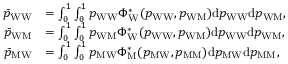
\begin{array} { r l } { \bar { p } _ { \mathrm { W W } } } & { = \int _ { 0 } ^ { 1 } \int _ { 0 } ^ { 1 } p _ { \mathrm { W W } } \Phi _ { \mathrm { W } } ^ { * } ( p _ { \mathrm { W W } } , p _ { \mathrm { W M } } ) \mathrm { d } p _ { \mathrm { W W } } \mathrm { d } p _ { \mathrm { W M } } , } \\ { \bar { p } _ { \mathrm { W M } } } & { = \int _ { 0 } ^ { 1 } \int _ { 0 } ^ { 1 } p _ { \mathrm { W M } } \Phi _ { \mathrm { W } } ^ { * } ( p _ { \mathrm { W W } } , p _ { \mathrm { W M } } ) \mathrm { d } p _ { \mathrm { W W } } \mathrm { d } p _ { \mathrm { W M } } , } \\ { \bar { p } _ { \mathrm { M W } } } & { = \int _ { 0 } ^ { 1 } \int _ { 0 } ^ { 1 } p _ { \mathrm { M W } } \Phi _ { \mathrm { M } } ^ { * } ( p _ { \mathrm { M W } } , p _ { \mathrm { M M } } ) \mathrm { d } p _ { \mathrm { M W } } \mathrm { d } p _ { \mathrm { M M } } , } \end{array}